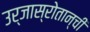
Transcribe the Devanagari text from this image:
उर्जास्रोतान्ची